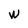
Character: W